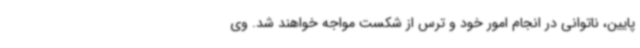
پایین، ناتوانی در انجام امور خود و ترس از شکست مواجه خواهند شد. وی